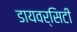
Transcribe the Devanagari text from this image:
डायवर्सिटी